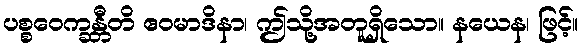
ပစ္စဝေက္ခန္တီတိ ဧဝမာဒိနာ၊ ဤသို့အတူရှိသော။ နယေန၊ ဖြင့်။